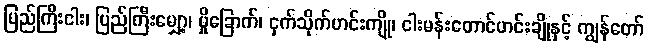
ပြည်ကြီးငါး၊ ပြည်ကြီးမျှော့၊ မှိုခြောက်၊ ငှက်သိုက်ဟင်းကျို၊ ငါးမန်းတောင်ဟင်းချိုနှင့် ကျွန်တော်